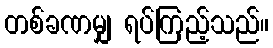
တစ်ခဏမျှ ရပ်ကြည့်သည်။